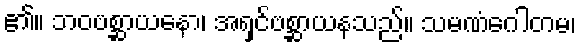
၏။ ဘဝဗစ္ဆာယနော၊ အရှင်ဗစ္ဆာယနသည်။ သမဏံဂေါတမ၊